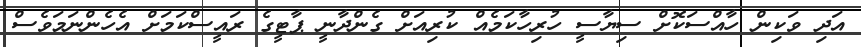
އަދި ވަކިން ހާއްސަކޮށް ސިޔާސީ ހުރިހާކަމެއް ކުރިއަށް ގެންދާނީ ޕާޓީގެ ރައީސްކަމަށް އެހެންނަމަވެސް